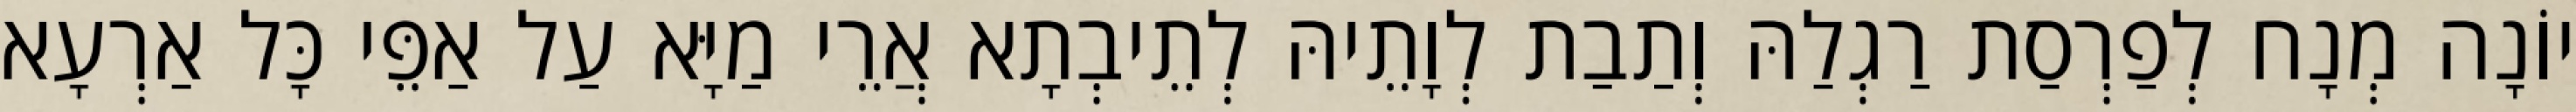
יוֹנָה מְנָח לְפַרְסַת רַגְלַהּ וְתַבַת לְוָתֵיהּ לְתֵיבְתָא אֲרֵי מַיָּא עַל אַפֵּי כָּל אַרְעָא